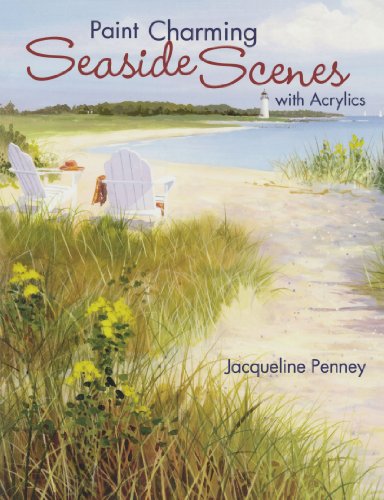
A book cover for Paint Charming Seaside Scenes With Acrylics; Jacqueline Penney; Arts & Photography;